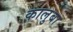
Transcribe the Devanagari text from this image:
कालुबा